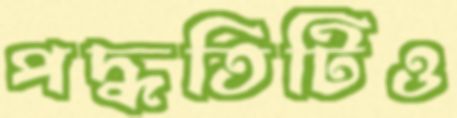
পদ্ধতিটিও